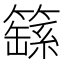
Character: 𮆚